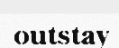
outstay